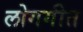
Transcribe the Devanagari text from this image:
लोगगीत